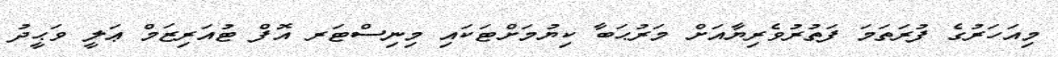
މިއަހަރުގެ ފުރަތަމަ ފަތުރުވެރިޔާއަށް މަރުޙަބާ ކިޔުމަށްޓަކައި މިނިސްޓަރ އޮފް ޓުއަރިޒަމް ޢަލީ ވަޙީދު